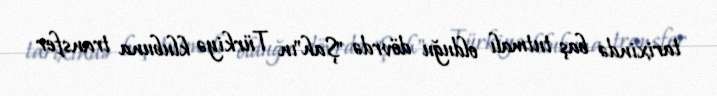
tarixində baş tutmalı olduğu dövrdə "Şah"ın Türkiyə klubuna transfer